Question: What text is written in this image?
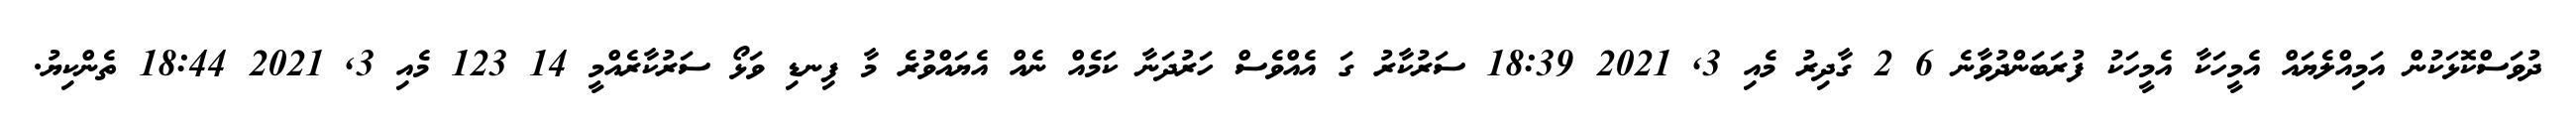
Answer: ދުވަސްކޮޅަކުން އަމިއްލެޔައް އެމީހަކާ އެމީހަކު ފުރަބަންދުވާނެ 6 2 ގާދިރު މެއި 3, 2021 18:39 ސަރުކާރު ގަ އެއްވެސް ހަރުދަނާ ކަމެއް ނެއް އެޔައްވުރެ މާ ފިނޑި ވަޅޯ ސަރުކާރެއްމީ 14 123 މެއި 3, 2021 18:44 ތެންކިޔު.